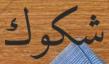
شكوك